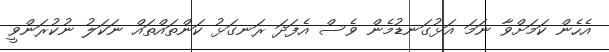
އެހެން ކަމަށްވާ ނަމަ އަޅުގަނޑުމެން ވެސް އެފަދަ ރަނގަޅު ކަންތައްތައް ނަކަލު ނުކުރަންވީ